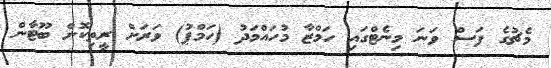
މެޗުގެ ފަސް ވަނަ މިނެޓްގައި ހަމްޒާ މުހައްމަދު (ހަމްޕު) ވަރަށް ރީތިކޮށް ބޫޓާން